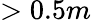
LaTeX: >0.5m